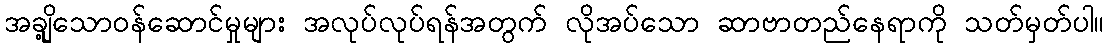
အချို့သောဝန်ဆောင်မှုများ အလုပ်လုပ်ရန်အတွက် လိုအပ်သော ဆာဗာတည်နေရာကို သတ်မှတ်ပါ။